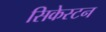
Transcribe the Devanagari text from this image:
सिकेस्टन